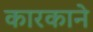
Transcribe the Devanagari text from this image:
कारकाने